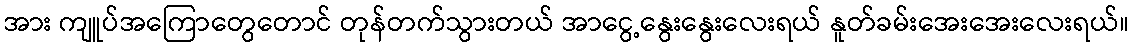
အား ကျူပ်အကြောတွေတောင် တုန်တက်သွားတယ် အာငွေ့နွေးနွေးလေးရယ် နူတ်ခမ်းအေးအေးလေးရယ်။